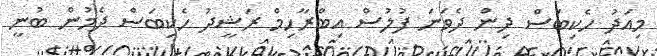
މިއަދު ހެކިބަސް ދިން ދެވަނަ ފުލުސް އިބްރާހިމް ރަޝީދު ހެކިބަސް ދެމުން ބުނީ